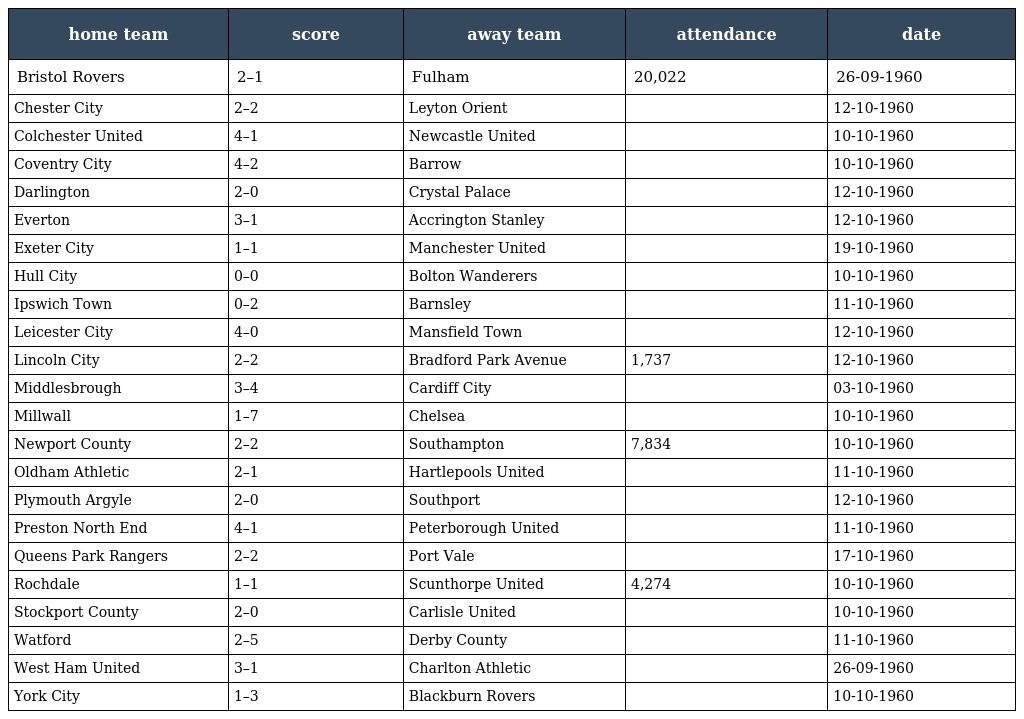
| home team | score | away team | attendance | date |
 | --- | --- | --- | --- | --- |
 | Bristol Rovers | 2–1 | Fulham | 20,022 | 26-09-1960 |
 | Chester City | 2–2 | Leyton Orient |  | 12-10-1960 |
 | Colchester United | 4–1 | Newcastle United |  | 10-10-1960 |
 | Coventry City | 4–2 | Barrow |  | 10-10-1960 |
 | Darlington | 2–0 | Crystal Palace |  | 12-10-1960 |
 | Everton | 3–1 | Accrington Stanley |  | 12-10-1960 |
 | Exeter City | 1–1 | Manchester United |  | 19-10-1960 |
 | Hull City | 0–0 | Bolton Wanderers |  | 10-10-1960 |
 | Ipswich Town | 0–2 | Barnsley |  | 11-10-1960 |
 | Leicester City | 4–0 | Mansfield Town |  | 12-10-1960 |
 | Lincoln City | 2–2 | Bradford Park Avenue | 1,737 | 12-10-1960 |
 | Middlesbrough | 3–4 | Cardiff City |  | 03-10-1960 |
 | Millwall | 1–7 | Chelsea |  | 10-10-1960 |
 | Newport County | 2–2 | Southampton | 7,834 | 10-10-1960 |
 | Oldham Athletic | 2–1 | Hartlepools United |  | 11-10-1960 |
 | Plymouth Argyle | 2–0 | Southport |  | 12-10-1960 |
 | Preston North End | 4–1 | Peterborough United |  | 11-10-1960 |
 | Queens Park Rangers | 2–2 | Port Vale |  | 17-10-1960 |
 | Rochdale | 1–1 | Scunthorpe United | 4,274 | 10-10-1960 |
 | Stockport County | 2–0 | Carlisle United |  | 10-10-1960 |
 | Watford | 2–5 | Derby County |  | 11-10-1960 |
 | West Ham United | 3–1 | Charlton Athletic |  | 26-09-1960 |
 | York City | 1–3 | Blackburn Rovers |  | 10-10-1960 |